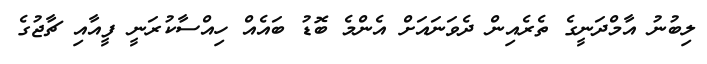
ލިބުނު އާމްދަނީގެ ތެރެއިން ދެވަނައަށް އެންމެ ބޮޑު ބައެއް ހިއްސާކުރަނީ ފީއާއި ޗާޖުގެ